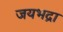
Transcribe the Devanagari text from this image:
जयभद्रा